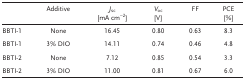
<table><thead><tr><td></td><td><b>Additive</b></td><td><b><i>J</i><sub>sc</sub> [mA cm<sup>−2</sup>]</b></td><td><b><i>V</i><sub>oc</sub> [V]</b></td><td><b>FF</b></td><td><b>PCE [%]</b></td></tr></thead><tbody><tr><td>BBTI-1</td><td>None</td><td>16.45</td><td>0.80</td><td>0.63</td><td>8.3</td></tr><tr><td>BBTI-1</td><td>3% DIO</td><td>14.11</td><td>0.74</td><td>0.46</td><td>4.8</td></tr><tr><td>BBTI-2</td><td>None</td><td>7.12</td><td>0.85</td><td>0.54</td><td>3.3</td></tr><tr><td>BBTI-2</td><td>3% DIO</td><td>11.00</td><td>0.81</td><td>0.67</td><td>6.0</td></tr></tbody></table>